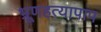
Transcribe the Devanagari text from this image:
भ्रूणहत्यापाप